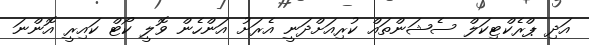
އަދި ޕްރެކްޓިކަލް ސެޝަންތައް ކުރިއަށްދަނީ އެރަށު އަންހެން ވޮލީ ކޯޓް ކައިރީ އޮންނަ